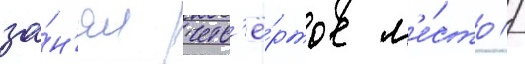
за́н'ял четв'ё́ртое м'е́сто //